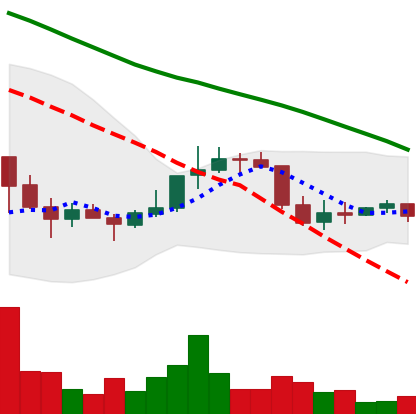
Ticker: DOGE-USD
Chart end date: 2022-01-03
Forward return: -10.661%
Label: down_7plus